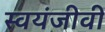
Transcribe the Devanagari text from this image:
स्वयंजीवी